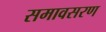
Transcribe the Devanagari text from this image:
समावसरण